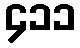
၄၁၁